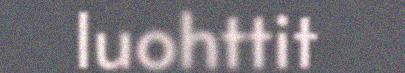
luohttit